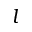
l